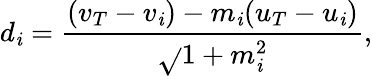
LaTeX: d_{\mathit{i}}={\frac{{(v_{T}-v_{\mathit{i}})-m_{\mathit{i}}(u_{T}-u_{\mathit{i}})}}{{\sqrt{}{{1+m_{\mathit{i}}^{2}}}}}},